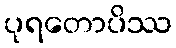
ပုရတောပိဿ